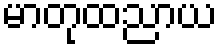
မာတုထညာယ